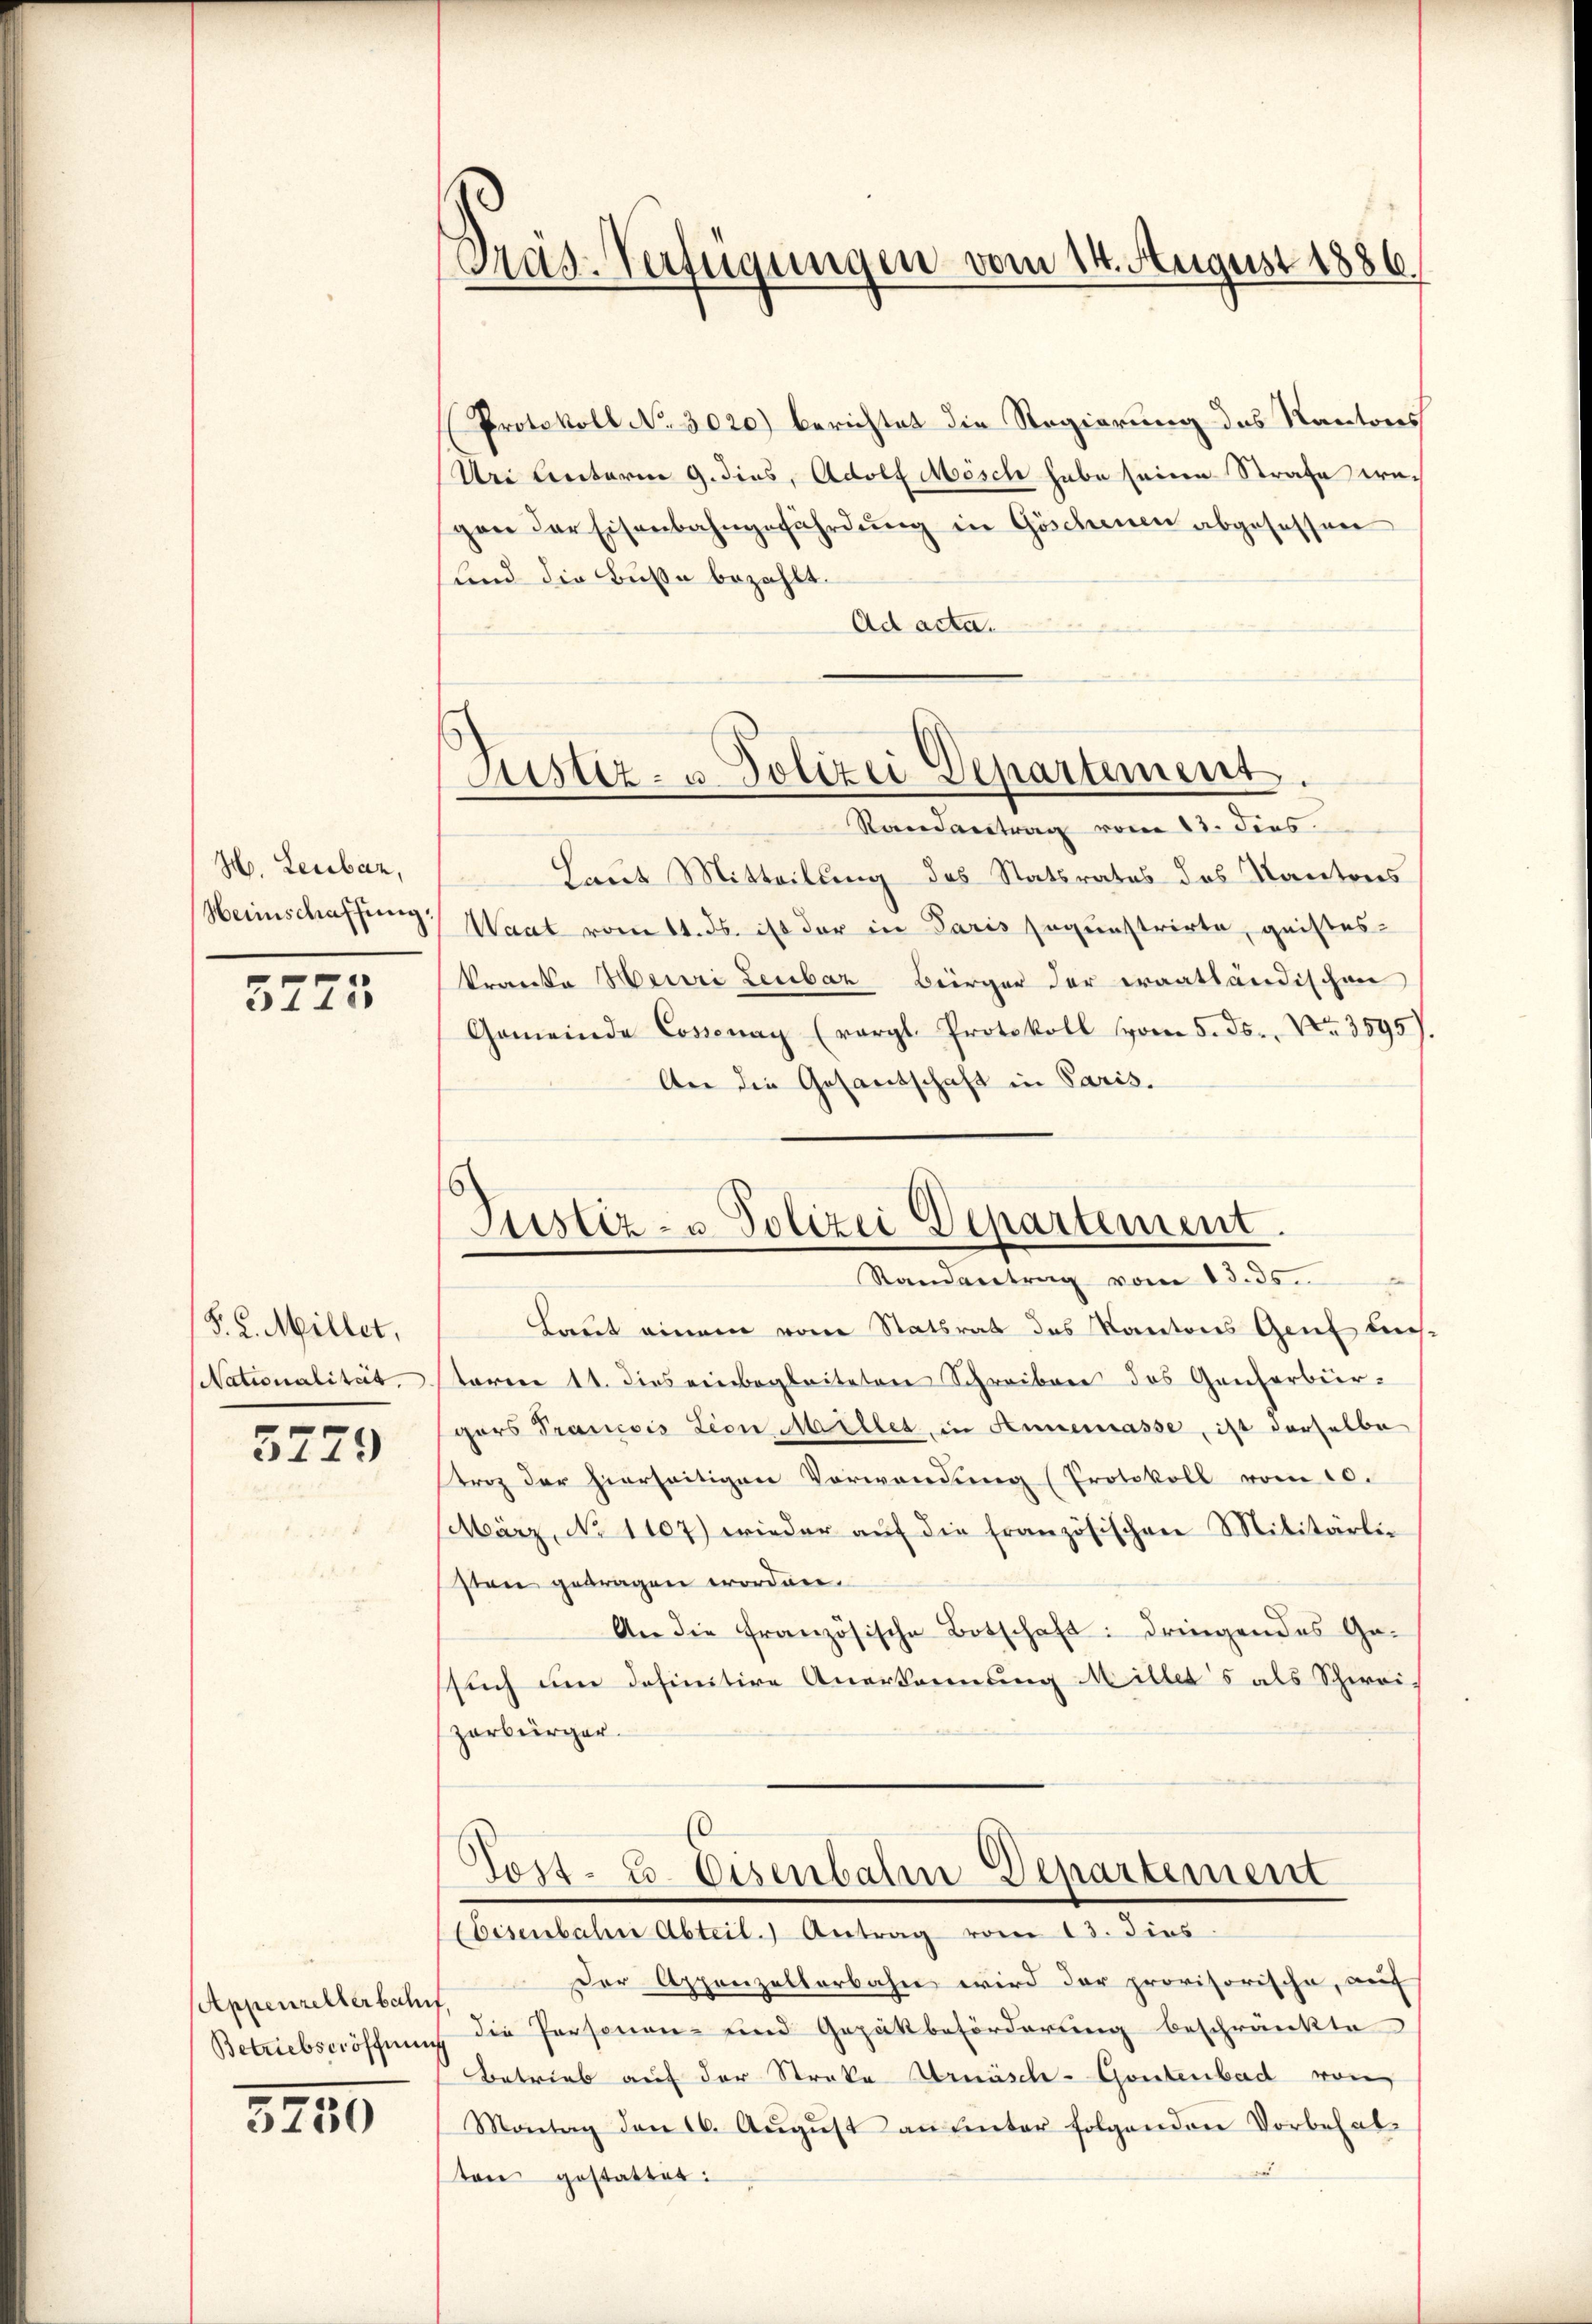
H. Leibar,
Heimschaffung.

5773

(§. 2. Millet,
Nationalität.

5779

Appenzellerbahnf
Betriebseröffnung

3750

Protokoll No 3020) berichtet die Regierung des Kantons
Dei linterm 9. dies, Adolf Mösch habe seine Strafe wegen der Eisenbahngefährdŭng in Göschenen abgesessen
Land die Buße bezahlt.
Ad acta.

Tras-Verfügungen vom 14. August 1886.

Justiz- u. Polizei Departement.

Justiz- u. Polizei Departement.
Randantrag vom 13. 35.

Randantrag vom 13. dies.
Laut Mitteilung des Statsrates des Kantons
Waat vom 11. ds. ist der in Paris sagunstrirte, geistes-
kranke Heuri Leubár Bürger der Fraathändischen
Gemeinde Cossonay (vergl. Protokoll vom 5. Js., Nr. 3595).
An die Gesandschaft in Paris.
Laut einem von Statsrat des Kantons Genf liestaren 11. dies einbegleiteten Schreiben des Genferbürgers Trancois Lion Milles, in Annemasse, ist derselbe
troz der hierseitigen Vorwendung (Protokoll vom 10.
März, No 1107) wieder aŭf die französischen Militärlin
ston getragen worden.
An die französische Botschaft: dringendes Ge-
such um definitive Anerkennung Millers als Schwei-
zerbürger.

Tost- u. Eisenbahn Departement
EEisenbahne Abteil. Antrag vom 13. dies

Der Appenzellerbahn wird der provisorische, auf
die Personen- und Gepäkbeförderung beschränkte
Betrieb auf der Streka Arnäsch-Gontenbad von
Montag den 16. Aŭgŭst an unter folgenden Vorbehal-
ton gestatter: